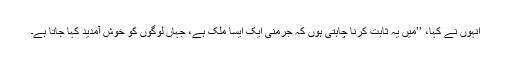
انہوں نے کہا، ’’ميں يہ ثابت کرنا چاہتی ہوں کہ جرمنی ايک ايسا ملک ہے، جہاں لوگوں کو خوش آمديد کہا جاتا ہے۔